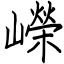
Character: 嶸